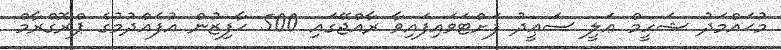
މުޙައްމަދު ޝަހީމް ޢަލީ ސަޢީދު ފަށްޓަވައިފައިވާ ރާއްޖޭގައި 500 ޙާފިޒުން އުފެއްދުމުގެ ޕްރޮގްރާމް